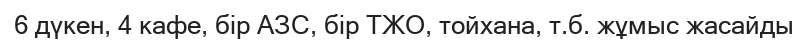
6 дүкен, 4 кафе, бір АЗС, бір ТЖО, тойхана, т.б. жұмыс жасайды